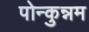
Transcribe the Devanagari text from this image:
पोन्कुन्नम